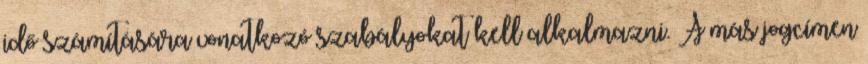
idő számítására vonatkozó szabályokat kell alkalmazni. A más jogcímen